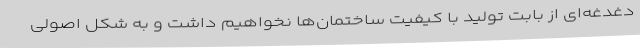
دغدغه‌ای از بابت تولید با کیفیت ساختمان‌ها نخواهیم داشت و به شکل اصولی